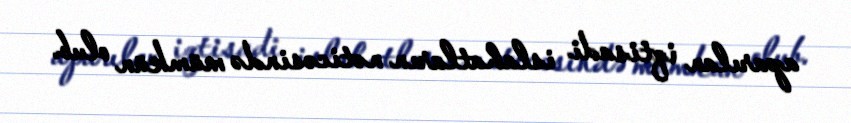
aparılan iqtisadi islahatların nəticəsində mümkün olub.